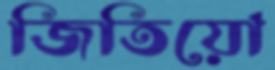
জিতিয়ো